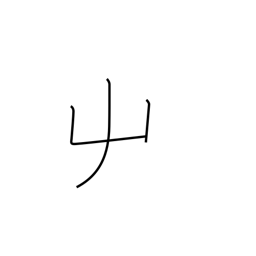
Meaning: left hand